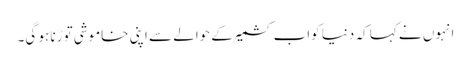
انہوں نے کہا کہ دنیا کواب کشمیرکے حوالے سے اپنی خاموشی توڑنا ہو گی۔